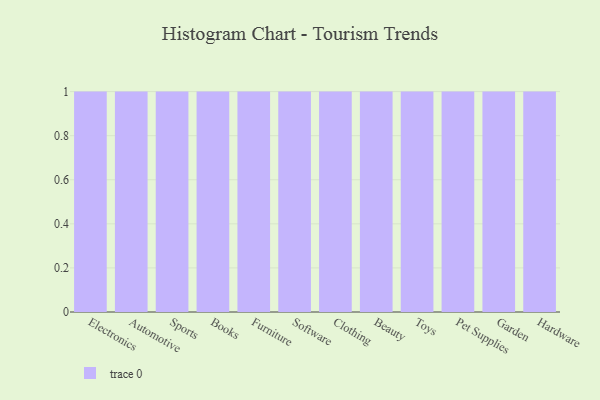
{"axis": {"x": "Category", "y": "Inventory Turnover"}, "legend": [""], "data": [{"x": "Electronics", "y": 57, "type": ""}, {"x": "Automotive", "y": 51, "type": ""}, {"x": "Sports", "y": 98, "type": ""}, {"x": "Books", "y": 100, "type": ""}, {"x": "Furniture", "y": 38, "type": ""}, {"x": "Software", "y": 40, "type": ""}, {"x": "Clothing", "y": 87, "type": ""}, {"x": "Beauty", "y": 86, "type": ""}, {"x": "Toys", "y": 71, "type": ""}, {"x": "Pet Supplies", "y": 62, "type": ""}, {"x": "Garden", "y": 76, "type": ""}, {"x": "Hardware", "y": 58, "type": ""}]}